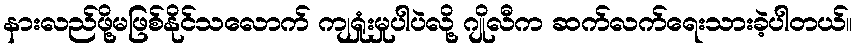
နားလည်ဖို့မဖြစ်နိုင်သလောက် ကျရှုံးမှုပါပဲလို့ ဂျိုလီက ဆက်လက်ရေးသားခဲ့ပါတယ်။